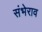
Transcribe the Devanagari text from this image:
संभेराव